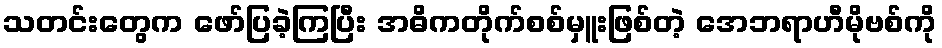
သတင်းတွေက ဖော်ပြခဲ့ကြပြီး အဓိကတိုက်စစ်မှူးဖြစ်တဲ့ အေဘရာဟီမိုဗစ်ကို